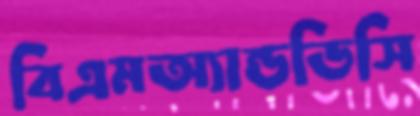
বিএমঅ্যান্ডডিসি